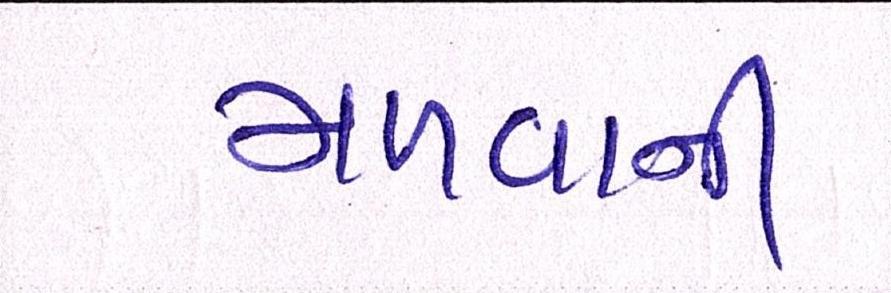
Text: મળવાની